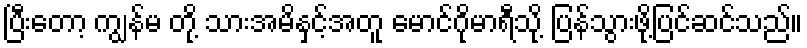
ပြီးတော့ ကျွန်မ တို့ သားအမိနှင့်အတူ မောင်ဂိုမာရီသို့ ပြန်သွားဖို့ပြင်ဆင်သည်။